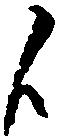
候